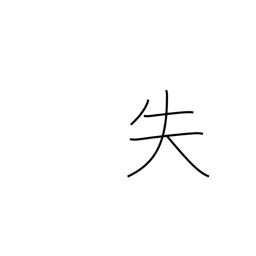
Meaning: error